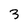
Character: 3